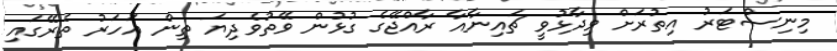
މިނިސްޓަރު އިތުރަށް ވިދާޅުވީ ޗައިނާއާ ރާއްޖޭގެ ގުޅުން ވޭތުވެދިޔަ ތިން އަހަރު ތެރޭގައި